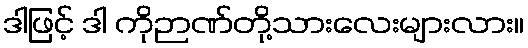
ဒါဖြင့် ဒါ ကိုဉာဏ်တို့သားလေးများလား။